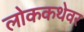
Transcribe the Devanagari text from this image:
लोककथेवर